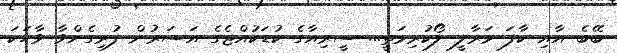
ބޭބެ އާއި ކާފަ މަރާލީ ލޯކުރިމަތީ... ސީރިއާގެ ކުޑަކުއްޖެގެ އަސަރުން ފުރިގެންވާ ވާހަކަ